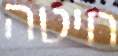
חיטה